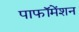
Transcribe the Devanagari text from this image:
पाफॉमेंशन